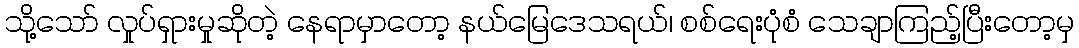
သို့သော် လှုပ်ရှားမှုဆိုတဲ့ နေရာမှာတော့ နယ်မြေဒေသရယ်၊ စစ်ရေးပုံစံ သေချာကြည့်ပြီးတော့မှ